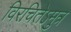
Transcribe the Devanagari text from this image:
विरचितेऽमुत्र